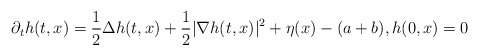
\begin{align*}\partial_t h(t,x)=\frac{1}{2}\Delta h(t,x)+\frac{1}{2}|\nabla h(t,x)|^2+\eta(x)-(a+b),h(0,x)=0\end{align*}